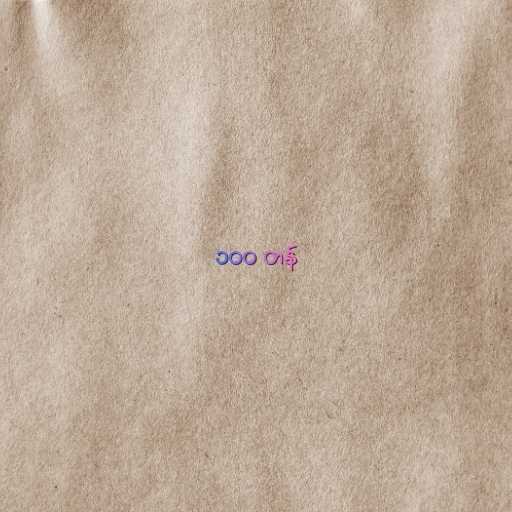
၁၀၀ တန်